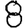
Digit: 8